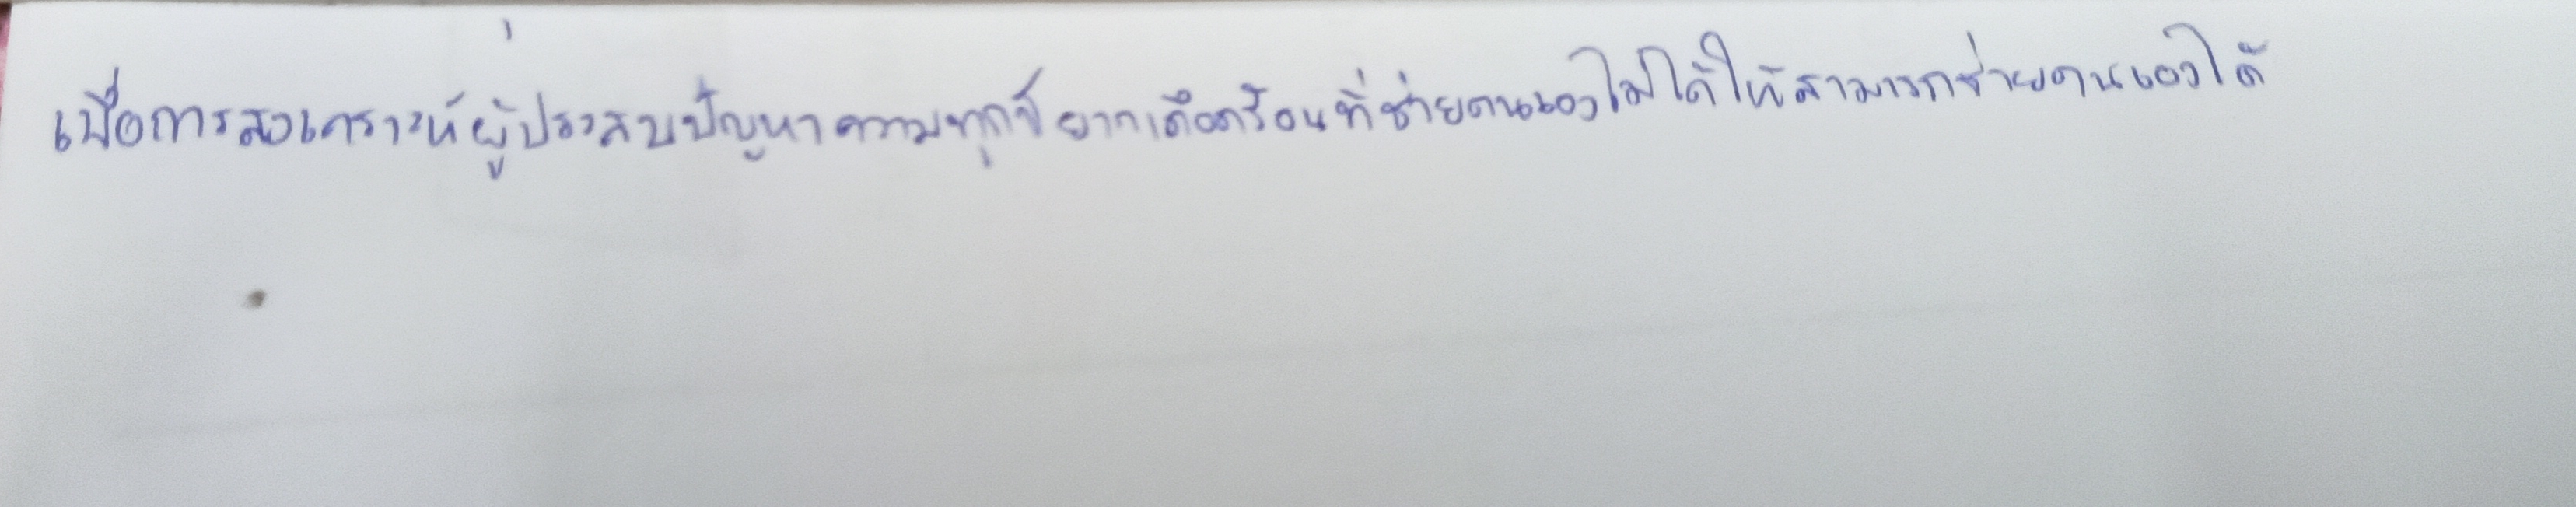
เพื่อการสงเคราะห์ผู้ประสบปัญหาความทุกข์ยากเดือดร้อนที่ช่วยตนเองไม่ได้ให้สามารถช่วยตนเองได้